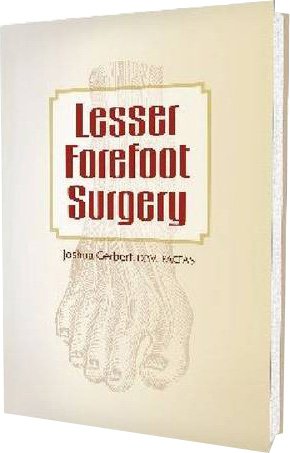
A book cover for Lesser Forefoot Surgery; Joshua Gerbert; Medical Books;